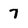
Character: 7